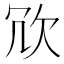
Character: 𭭆